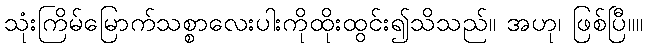
သုံးကြိမ်မြောက်သစ္စာလေးပါးကိုထိုးထွင်း၍သိသည်။ အဟု၊ ဖြစ်ပြီ။။